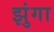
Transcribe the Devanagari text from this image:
झुंगा